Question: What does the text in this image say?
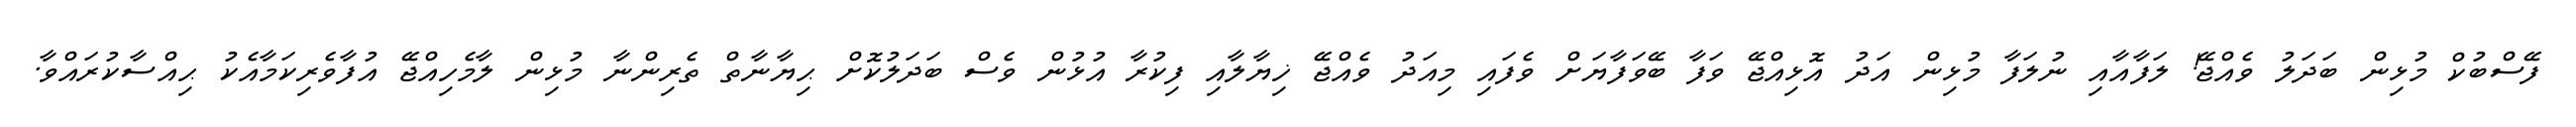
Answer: ފޭސްބުކް މުޅިން ބަދަލު ވެއްޖޭ! ލަފާއާއި ނުލަފާ މުޅިން އަދު އޮޅިއްޖޭ ވަފާ ބޭވަފާޔަށް ވެފައި މިއަދު ވެއްޖޭ ޚިޔާލާއި ފިކުރާ އުޅުން ވެސް ބަދަލުކޮށް ޙިޔާނާތް ތެރިންނާ މުޅިން ލާމެހިއްޖޭ އުފާވެރިކަމާއެކު ޙިއްސާކުރައްވާ.